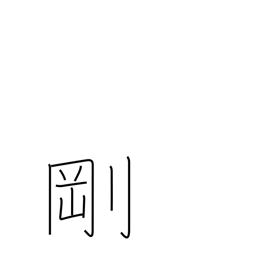
Meaning: sturdy